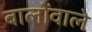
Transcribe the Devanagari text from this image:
बालोंवाले